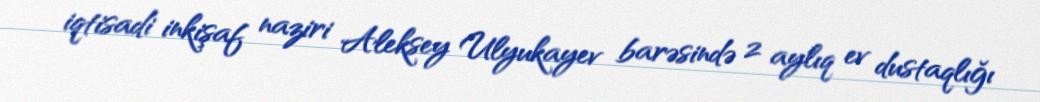
iqtisadi inkişaf naziri Aleksey Ulyukayev barəsində 2 aylıq ev dustaqlığı